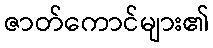
ဇာတ်ကောင်များ၏